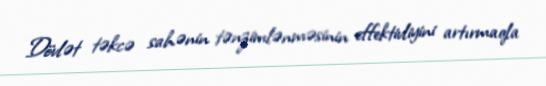
Dövlət təkcə sahənin tənzimlənməsinin effektivliyini artırmaqla